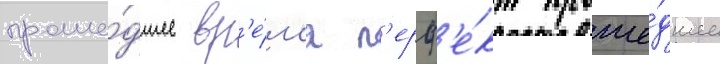
проше́дшее вр'е́м'я п'ерф'е́кт проше́дшее